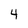
Character: 4